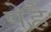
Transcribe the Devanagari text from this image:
पेहै